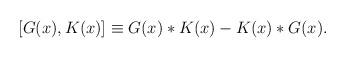
LaTeX: \begin{align*}[G(x),K(x)]\equiv G(x)* K(x) -K(x)* G(x).\end{align*}